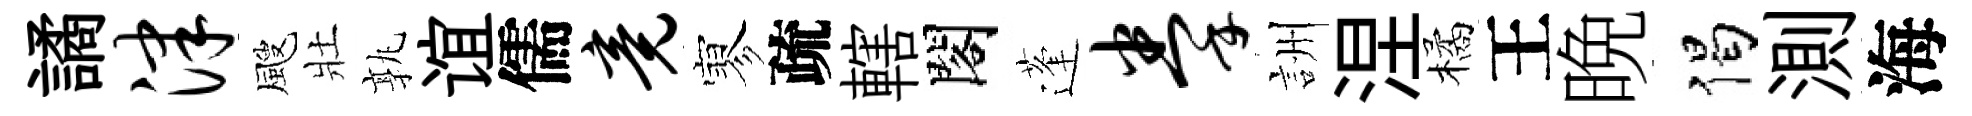
譎津颼壯孰谊儒竟寥疏轄閣蓬拳詶涅橘王晩偈測海